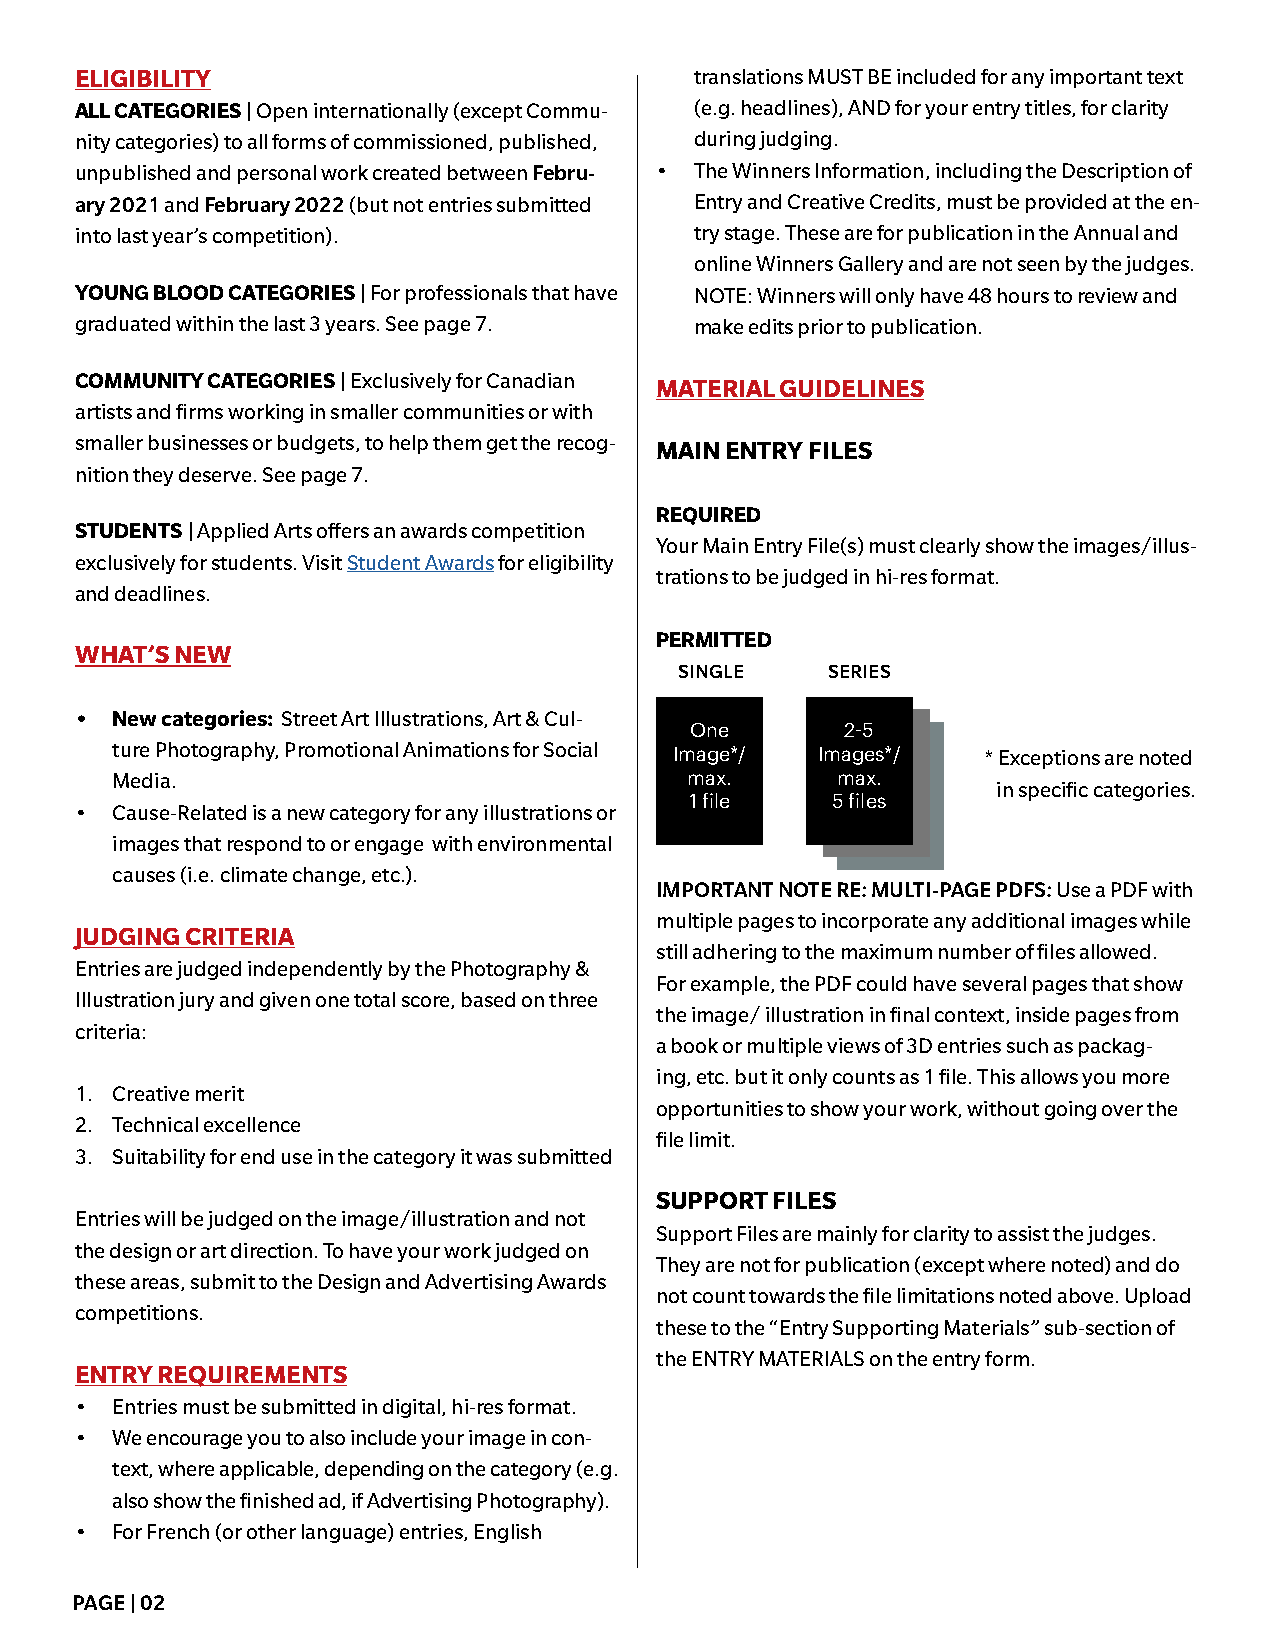
ELIGIBILITY                              translations MUST BE included for any important text
 ALL CATEGORIES | Open internationally (except Commu- (e.g. headlines), AND for your entry titles, for clarity
 nity categories) to all forms of commissioned, published, during judging.
 unpublished and personal work created between Febru- • The Winners Information, including the Description of
 ary 2021 and February 2022 (but not entries submitted Entry and Creative Credits, must be provided at the en-
 into last year’s competition).           try stage. These are for publication in the Annual and
 online Winners Gallery and are not seen by the judges.
 YOUNG BLOOD CATEGORIES | For professionals that have NOTE: Winners will only have 48 hours to review and
 graduated within the last 3 years. See page 7. make edits prior to publication.
 COMMUNITY CATEGORIES | Exclusively for Canadian MATERIAL GUIDELINES
 artists and firms working in smaller communities or with
 smaller businesses or budgets, to help them get the recog- MAIN ENTRY FILES
 nition they deserve. See page 7.
 REQUIRED
 STUDENTS | Applied Arts offers an awards competition
 Your Main Entry File(s) must clearly show the images/illus-
 exclusively for students. Visit Student Awards for eligibility
 trations to be judged in hi-res format.
 and deadlines.
 PERMITTED
 WHAT’S NEW
 SINGLE    SERIES
 • New categories: Street Art Illustrations, Art & Cul-
 One       2-5
 ture Photography, Promotional Animations for Social
 Image*/  Images*/   * Exceptions are noted
 Media.                                max.      max.
 in specific categories.
 1 file   5 files
 • Cause-Related is a new category for any illustrations or
 images that respond to or engage with environmental
 causes (i.e. climate change, etc.).
 IMPORTANT NOTE RE: MULTI-PAGE PDFS: Use a PDF with
 multiple pages to incorporate any additional images while
 JUDGING CRITERIA
 still adhering to the maximum number of files allowed.
 Entries are judged independently by the Photography &
 For example, the PDF could have several pages that show
 Illustration jury and given one total score, based on three
 the image/ illustration in final context, inside pages from
 criteria:
 a book or multiple views of 3D entries such as packag-
 ing, etc. but it only counts as 1 file. This allows you more
 1. Creative merit
 opportunities to show your work, without going over the
 2. Technical excellence
 file limit.
 3. Suitability for end use in the category it was submitted
 SUPPORT FILES
 Entries will be judged on the image/illustration and not
 Support Files are mainly for clarity to assist the judges.
 the design or art direction. To have your work judged on
 They are not for publication (except where noted) and do
 these areas, submit to the Design and Advertising Awards
 not count towards the file limitations noted above. Upload
 competitions.
 these to the “Entry Supporting Materials” sub-section of
 the ENTRY MATERIALS on the entry form.
 ENTRY REQUIREMENTS
 • Entries must be submitted in digital, hi-res format.
 • We encourage you to also include your image in con-
 text, where applicable, depending on the category (e.g.
 also show the finished ad, if Advertising Photography).
 • For French (or other language) entries, English
 PAGE | 02